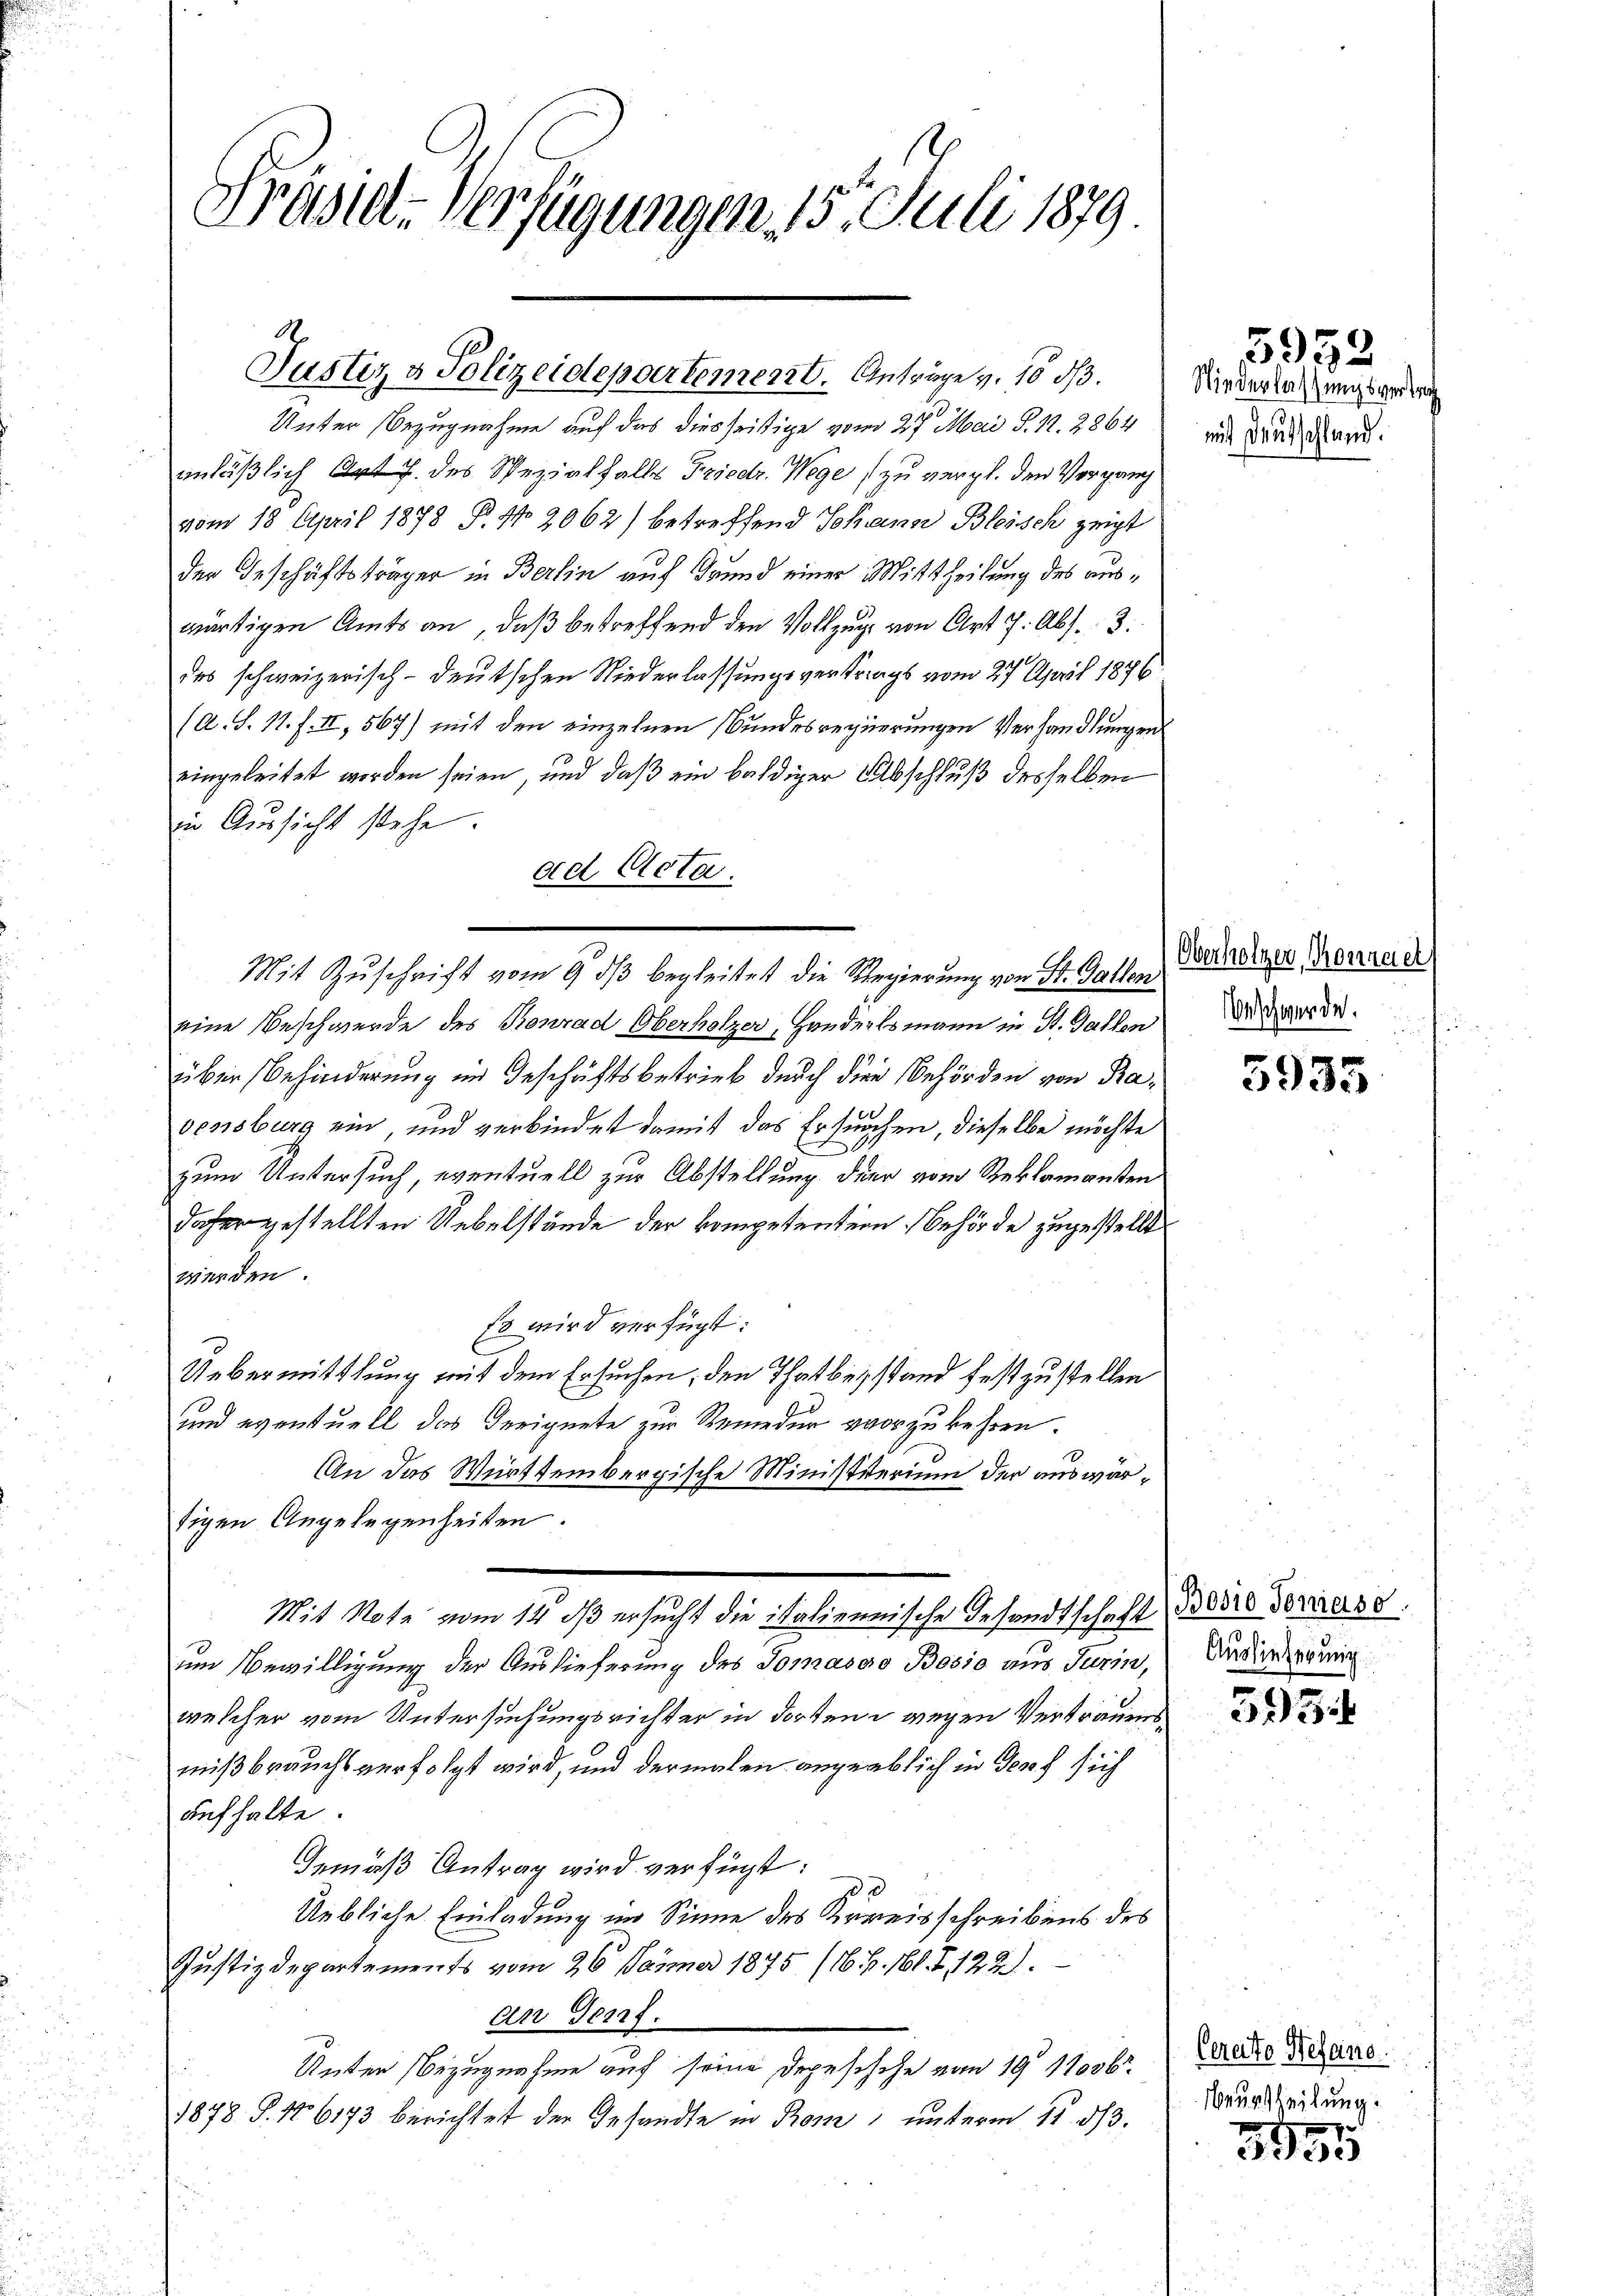
Präsid-Verfügungen 15. Juli 1879

Justiz & Polizeidepartement. Anträge v. 10 d.

Unter Bezugnahme auf das diesseitige vom 27. Mai S. 12. 2864
anläßlich Art. 7. des Spezialfalls Friedr. Wege zu vergl. den Vorgang
vom 18. April 1878 P. Nr. 2062) betreffend Johann Bleisch zeigt
der Geschäftsträger in Berlin auf Grund einer Mittheilung des auswärtigen Amts an, daß betreffend den Vollzug von Art 7. Abs. 3.
des schweizerisch-deutschen Niederlassungsvertrags vom 27. April 1896
(A. S. 11. f. II, 567) mit den einzelnen Bundesregierungen Verhandlungen
eingeleitet worden seien, und daß ein baldiger Abschluß desselben
in Aussicht stehe.
ad Acta.
eine Beschwerde des Konrad Oberholzer, Handerlsmann in St. Gallen
über Behinderung im Geschäftsbetrieb durch die Behörden von Rasensburg ein, und verbindet damit das Ersuchen, dieselbe möchte
zum Untersuch, eventuell zur Abstellung der vom Reklamanten
daher gestellten Uebelstände der kompetention Behörde zugestellt
werden.
Es wird verfügt:
Uebermittlung mit dem Ersuchen, den Thatbeistand festzustellen,
und eventuell das Geeignete zur Remedur vorzukehren.
An das Württembergische Ministsterium der auswärtigen Angelegenheiten.
Mit Note vom 14. ds ersucht die italiennische Gesandtschaft
um Bewilligung der Auslieferung des Tomasoo Bosso aus Jurin,
welcher vom Untersuchungsrichter in dorten wegen Vertrauens
mißbrauchs verfolgt wird, und dermalen angeblich in Genf sich
aufhalte.
Gemäß Antrag wird verfügt:
Uebliche Einladung im Sinne des Kreisschreibens des
Justizdepartements vom 26. Jänner 1875 (161. 161. Z. 122).
an Genf.
Unter Bezugnahme auf seine Depesische von 19. 11006
1878 S. 16173 berichtet der Gesandte in Rom unterm 11. d.

Mit Zuschrift vom 9. ds begleitet die Regierung von St. Gallen

Niederlassungsvertrag
mit Deutschland.

5952

Oberholzer, Konraer
Beschwerde.

5935

Bosto Toniaso
Auslieferung

3934

Ceratto Beseine
Beurtheilung.

3355